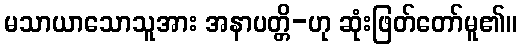
မသာယာသောသူအား အနာပတ္တိ-ဟု ဆုံးဖြတ်တော်မူ၏။